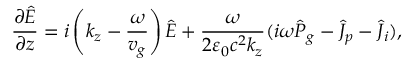
\frac { \partial \hat { E } } { \partial z } = i \left( k _ { z } - \frac { \omega } { v _ { g } } \right) \hat { E } + \frac { \omega } { 2 \varepsilon _ { 0 } c ^ { 2 } k _ { z } } ( i \omega \hat { P } _ { g } - \hat { J } _ { p } - \hat { J } _ { i } ) ,